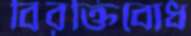
বিরক্তিবোধ